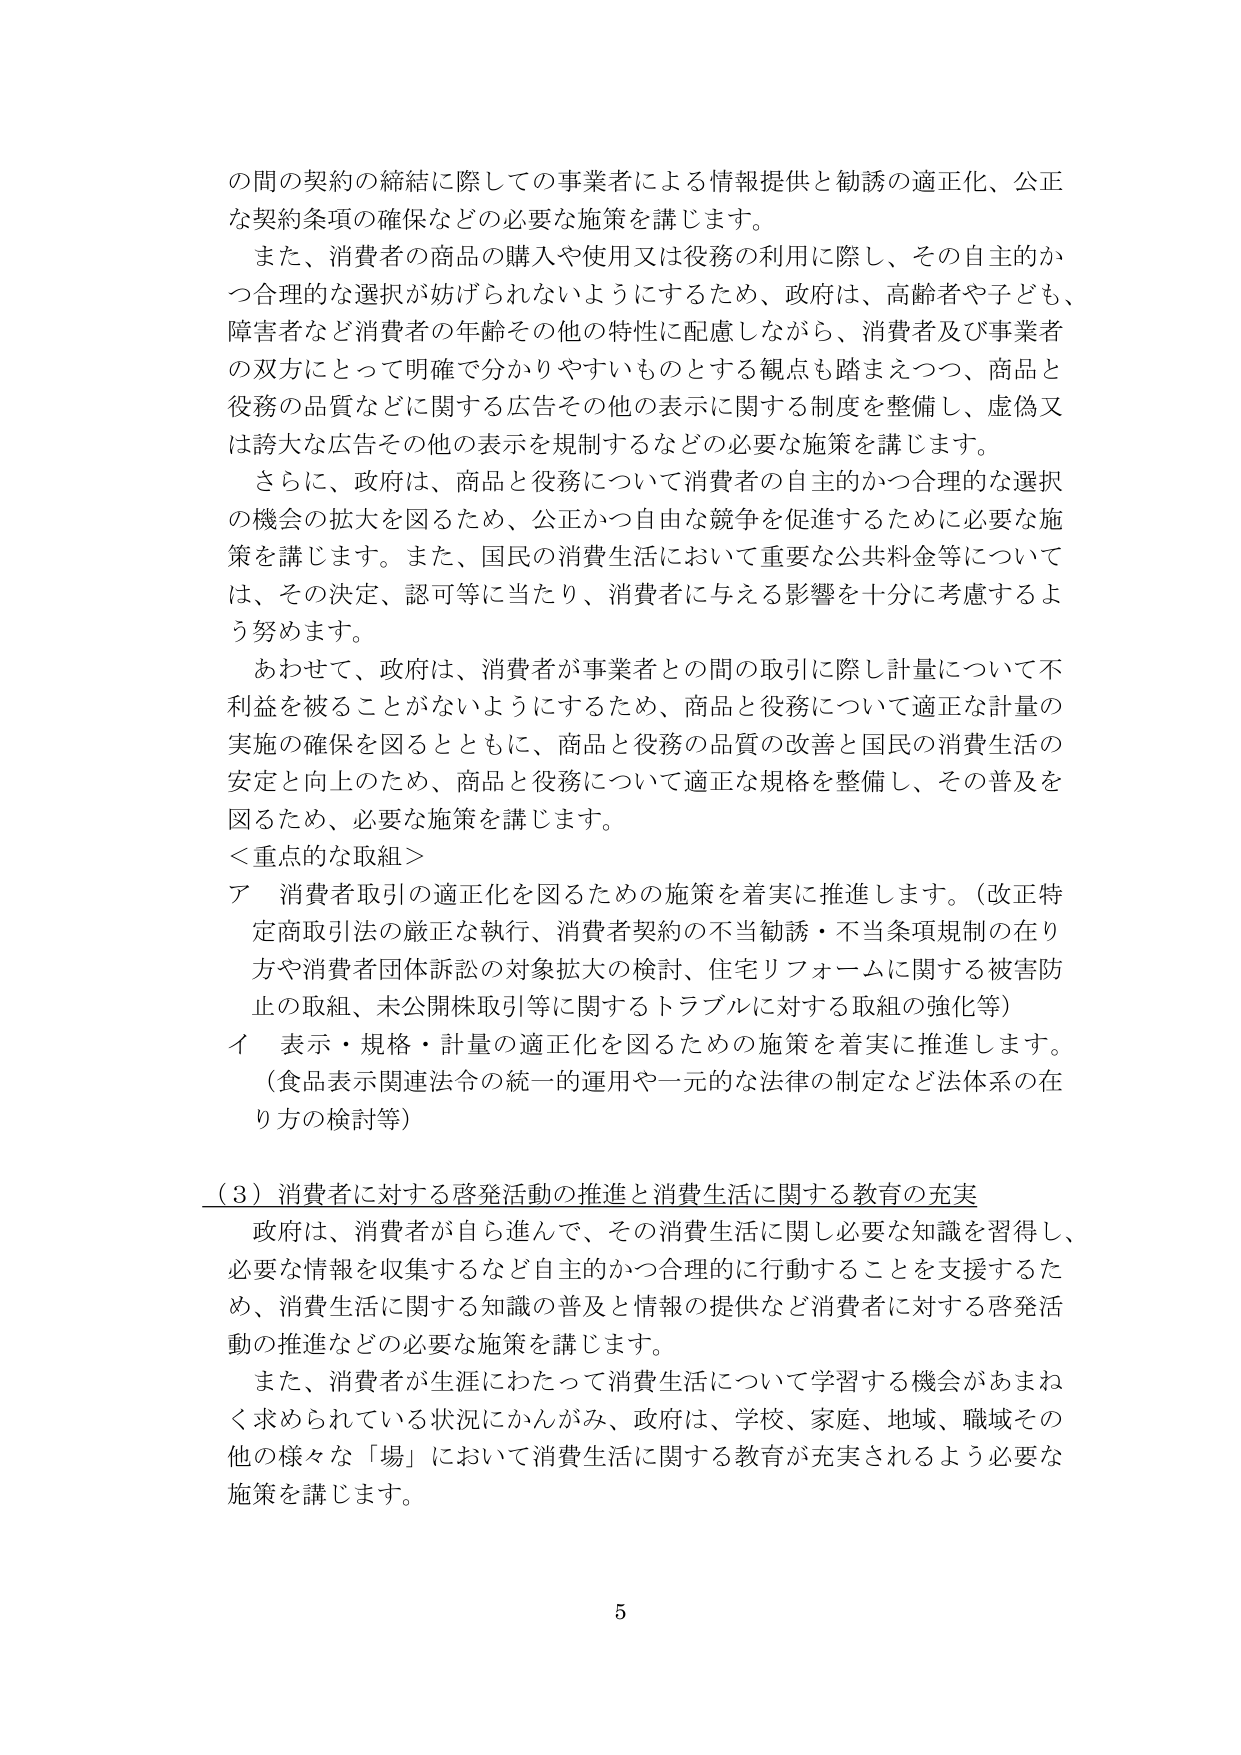
の間の契約の締結に際しての事業者による情報提供と勧誘の適正化、公正な契約条項の確保などの必要な施策を講じます。

また、消費者の商品の購入や使用又は役務の利用に際し、その自主的かつ合理的な選択が妨げられないようにするため、政府は、高齢者や子ども、障害者など消費者の年齢その他の特性に配慮しながら、消費者及び事業者の双方にとって明確で分かりやすいものとする観点も踏まえつつ、商品と役務の品質などに関する広告その他の表示に関する制度を整備し、虚偽又は誇大な広告その他の表示を規制するなどの必要な施策を講じます。

さらに、政府は、商品と役務について消費者の自主的かつ合理的な選択の機会の拡大を図るため、公正かつ自由な競争を促進するために必要な施策を講じます。また、国民の消費生活において重要な公共料金等については、その決定、認可等に当たり、消費者に与える影響を十分に考慮するよう努めます。

あわせて、政府は、消費者が事業者との間の取引に際し計量について不利益を被ることがないようにするため、商品と役務について適正な計量の実施の確保を図るとともに、商品と役務の品質の改善と国民の消費生活の安定と向上のため、商品と役務について適正な規格を整備し、その普及を図るため、必要な施策を講じます。

＜重点的な取組＞
ア 消費者取引の適正化を図るための施策を着実に推進します。（改正特定商取引法の厳正な執行、消費者契約の不当勧誘・不当条項規制の在り方や消費者団体訴訟の対象拡大の検討、住宅リフォームに関する被害防止の取組、未公開株取引等に関するトラブルに対する取組の強化等）
イ 表示・規格・計量の適正化を図るための施策を着実に推進します。（食品表示関連法令の統一的運用や一元的な法律の制定など法体系の在り方の検討等）

（3）消費者に対する啓発活動の推進と消費生活に関する教育の充実
政府は、消費者が自ら進んで、その消費生活に関し必要な知識を習得し、必要な情報を収集するなど自主的かつ合理的に行動することを支援するため、消費生活に関する知識の普及と情報の提供など消費者に対する啓発活動の推進などの必要な施策を講じます。

また、消費者が生涯にわたって消費生活について学習する機会があまねく求められている状況にかんがみ、政府は、学校、家庭、地域、職域その他の様々な「場」において消費生活に関する教育が充実されるよう必要な施策を講じます。

5